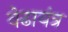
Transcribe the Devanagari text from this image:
वेढायंत्र